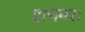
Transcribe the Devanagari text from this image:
इत्यमरः